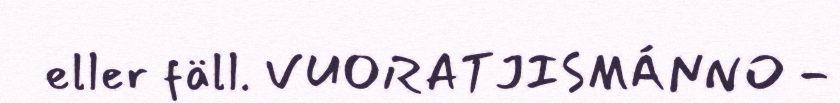
eller fäll. VUORATJISMÁNNO -